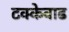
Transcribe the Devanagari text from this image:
टक्केवाढ